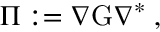
\Pi : = \nabla \mathrm { G } \nabla ^ { \ast } \; ,